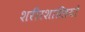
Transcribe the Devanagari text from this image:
शरीरशास्त्रियों